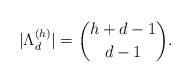
\begin{align*}|\Lambda_d^{(h)}|=\binom{h+d-1}{d-1}. \end{align*}